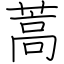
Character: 蒿